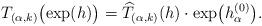
LaTeX: \begin{align*}T_{(\alpha, k)}\bigl(\exp(h)\bigr) = \widehat{T}_{(\alpha, k)}(h) \cdot \exp\bigl(h_\alpha^{(0)}\bigr).\end{align*}